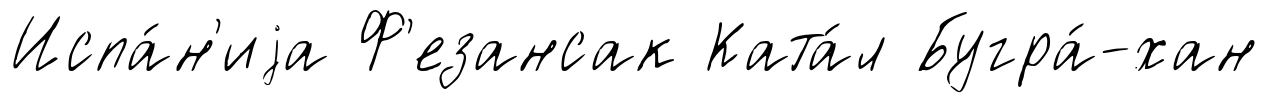
Испа́н'иjа Ф'езансак Ката́л Бугра́-хан